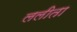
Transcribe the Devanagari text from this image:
ललीता